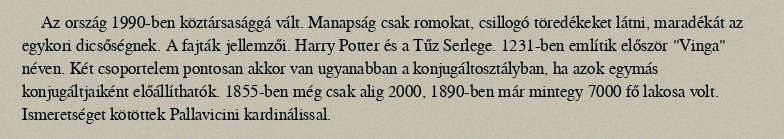
Az ország 1990-ben köztársasággá vált. Manapság csak romokat, csillogó töredékeket látni, maradékát az egykori dicsőségnek. A fajták jellemzői. Harry Potter és a Tűz Serlege. 1231-ben említik először "Vinga" néven. Két csoportelem pontosan akkor van ugyanabban a konjugáltosztályban, ha azok egymás konjugáltjaiként előállíthatók. 1855-ben még csak alig 2000, 1890-ben már mintegy 7000 fő lakosa volt. Ismeretséget kötöttek Pallavicini kardinálissal.